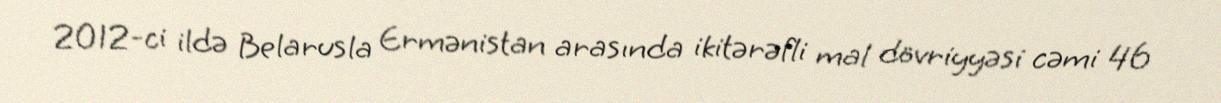
2012-ci ildə Belarusla Ermənistan arasında ikitərəfli mal dövriyyəsi cəmi 46